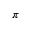
\pi